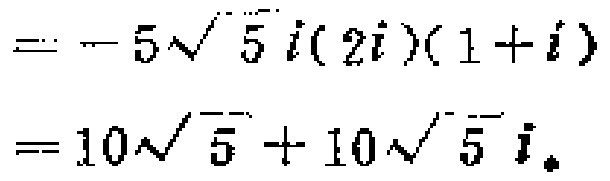
\[
\begin{align*}
&=- 5\sqrt{5}i(2i)(1 + i)\\
&=10\sqrt{5}+10\sqrt{5}i
\end{align*}
\]